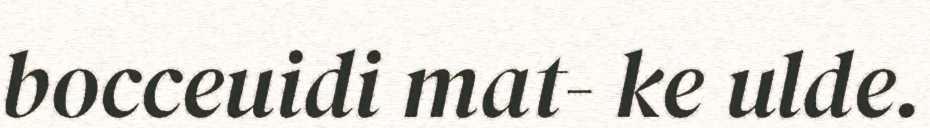
bocceuidi mat- ke ulde.